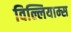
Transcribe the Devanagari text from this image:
विल्लियाम्स